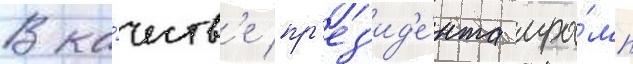
В ка́честв'е пр'ез'ид'е́нта тра́мп